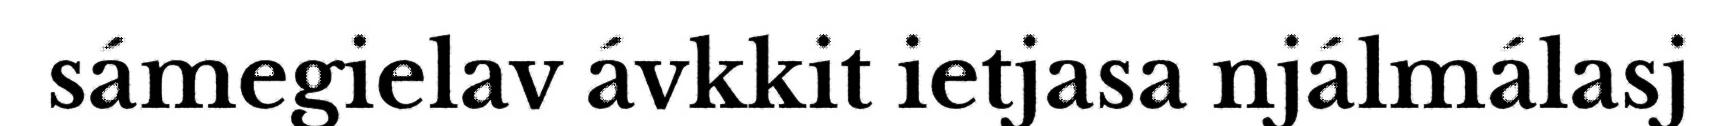
sámegielav ávkkit ietjasa njálmálasj